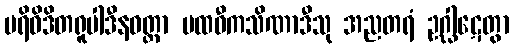
ပရိဝိဒိတရူပါဒီနဝတ္တာ ပထဝီကသိဏာဒီသု အညတရံ ဥဂ္ဃါဋေတွာ